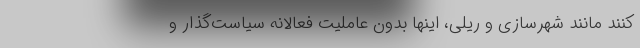
کنند مانند شهرسازی و ریلی، اینها بدون عاملیت فعالانه سیاست‌گذار و